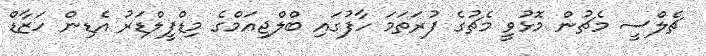
ޗެލްސީ މެޗުން މޮޅުވީ މެޗުގެ ފުރަތަމަ ހާފުގައި ބްލްޖިއަމްގެ މިޑްފީލްޑަރު އެޑިން ހަޒާޑް